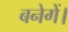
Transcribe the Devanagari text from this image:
बनेगें।